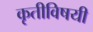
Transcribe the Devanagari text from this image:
कृतीविषयी